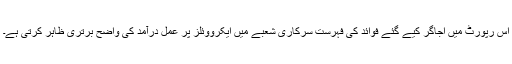
اس رپورٹ میں اْجاگر کیے گئے فوائد کی فہرست سرکاری شعبے میں ایکرووئلز پر عمل درآمد کی واضح برتری ظاہر کرتی ہے۔